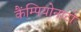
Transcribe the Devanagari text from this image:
कैंम्पियोनाटो